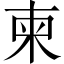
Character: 柬